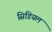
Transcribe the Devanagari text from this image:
सिडियल